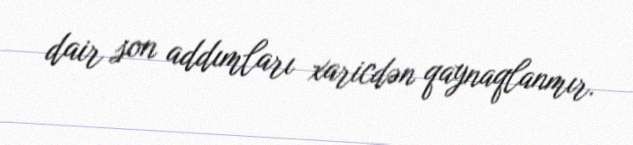
dair son addımları xaricdən qaynaqlanmır.